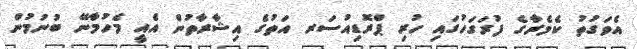
އެވަގުތު ކެމެރާގެ ފުރަގަހުގައި ހުރި ޕްރޮޑިއުސަރ އަތުގެ އިޝާރާތުން އެއީ މެހުމާނޭ ބުނުމުން